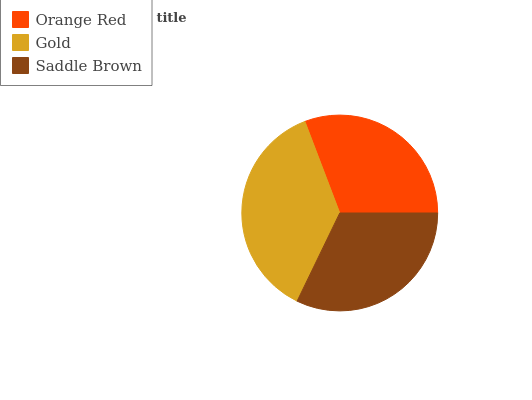
| Orange Red | Gold | Saddle Brown |
 | --- | --- | --- |
 | 30.7% | 37.1% | 32.2% |